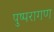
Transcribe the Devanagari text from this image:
पुष्परागण